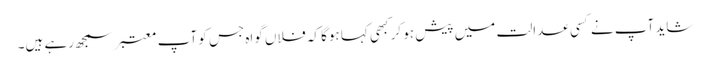
شاید آپ نے کسی عدالت میں پیش ہو کر کبھی کہا ہوگا کہ فلاں گواہ جس کو آپ معتبر سمجھ رہے ہیں۔